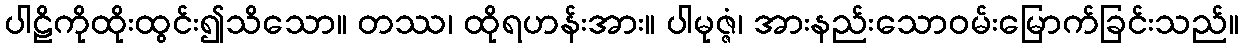
ပါဠိကိုထိုးထွင်း၍သိသော။ တဿ၊ ထိုရဟန်းအား။ ပါမုဇ္ဇံ၊ အားနည်းသောဝမ်းမြောက်ခြင်းသည်။